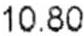
10.80